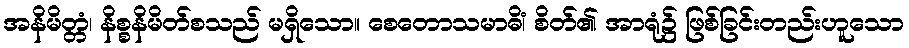
အနိမိတ္တံ၊ နိစ္စနိမိတ်စသည် မရှိသော။ စေတောသမာဓိံ၊ စိတ်၏ အာရုံ၌ ဖြစ်ခြင်းတည်းဟူသော